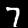
Digit: 7